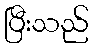
ပြီးသည်